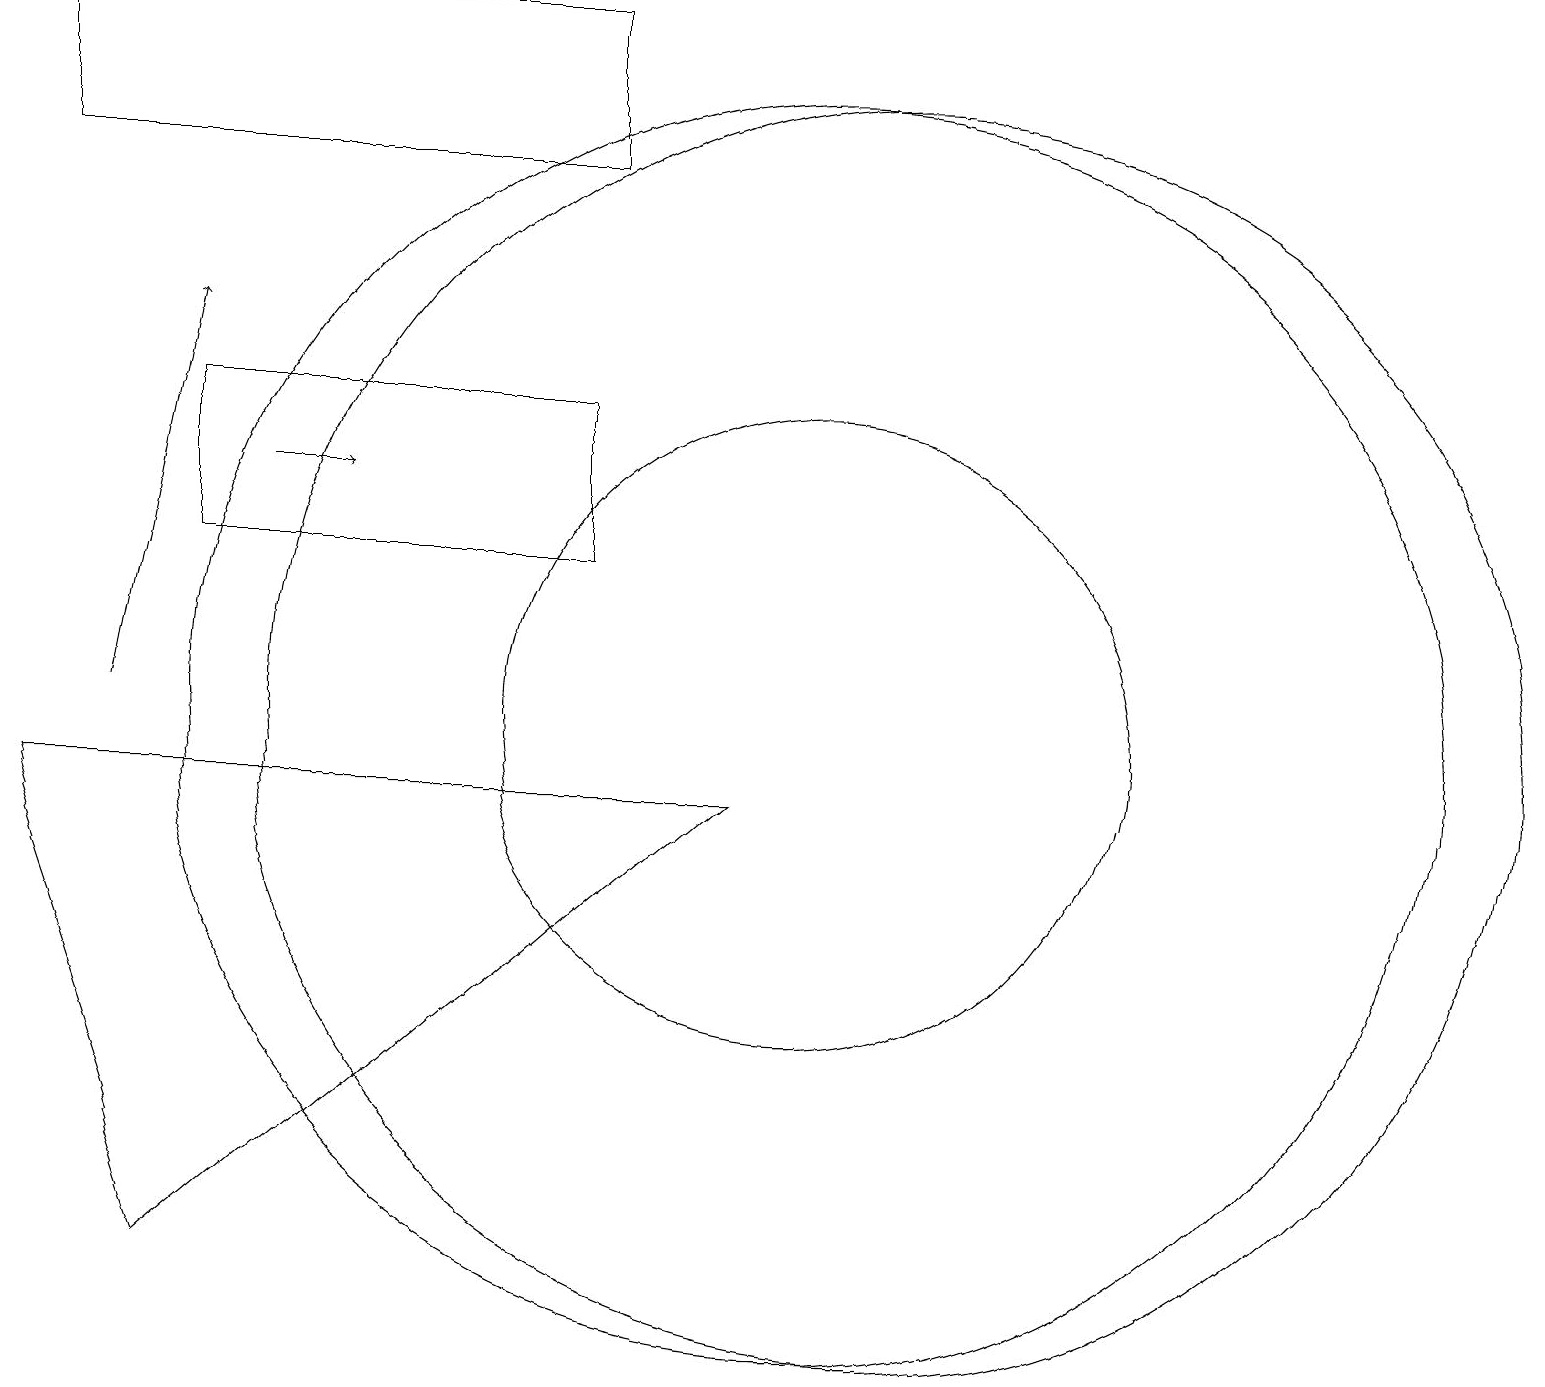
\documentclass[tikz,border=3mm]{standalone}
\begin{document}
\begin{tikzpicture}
\draw (10,10) circle (4);
\draw[->] (1,10) -- (2,15);
\draw (2,3) -- (0,9) -- (9,9) -- cycle;
\draw (7,19) rectangle (0,17);
\draw[->] (3,13) -- (4,13);
\draw (11,10) circle (8);
\draw (2,12) rectangle (7,14);
\draw (10,10) circle (8);
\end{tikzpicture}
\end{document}